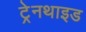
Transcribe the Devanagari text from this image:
ट्रेनथाइड